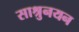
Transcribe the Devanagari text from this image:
साश्रुनयन